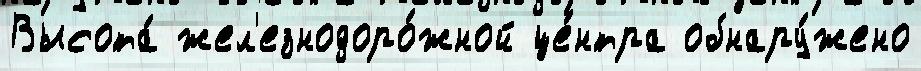
Высота́ жел'езнодоро́жной це́нтра обнару́жено